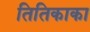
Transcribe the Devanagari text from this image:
तितिकाका